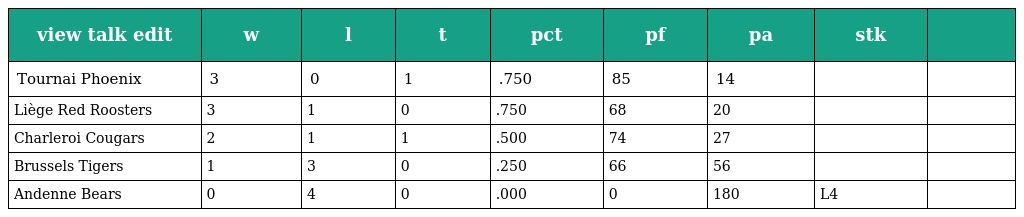
| view talk edit | w | l | t | pct | pf | pa | stk |  |
 | --- | --- | --- | --- | --- | --- | --- | --- | --- |
 | Tournai Phoenix | 3 | 0 | 1 | .750 | 85 | 14 |  |  |
 | Liège Red Roosters | 3 | 1 | 0 | .750 | 68 | 20 |  |  |
 | Charleroi Cougars | 2 | 1 | 1 | .500 | 74 | 27 |  |  |
 | Brussels Tigers | 1 | 3 | 0 | .250 | 66 | 56 |  |  |
 | Andenne Bears | 0 | 4 | 0 | .000 | 0 | 180 | L4 |  |